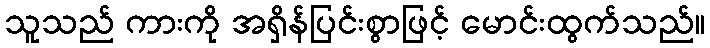
သူသည် ကားကို အရှိန်ပြင်းစွာဖြင့် မောင်းထွက်သည်။